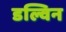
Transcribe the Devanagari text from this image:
डल्विन